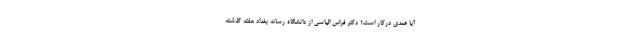
آیا عمدی درکار است؟ دکتر فراس الیاسی از دانشگاه رسانه بغداد هفته گذشته